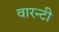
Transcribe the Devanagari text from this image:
वारन्टी